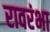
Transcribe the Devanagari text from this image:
रावरंभा